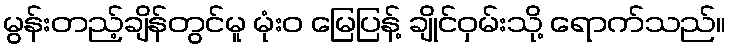
မွန်းတည့်ချိန်တွင်မူ မုံးဝ မြေပြန့် ချိုင်ဝှမ်းသို့ ရောက်သည်။